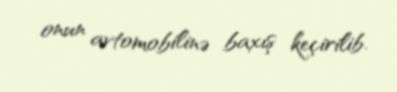
onun avtomobilinə baxış keçirilib.